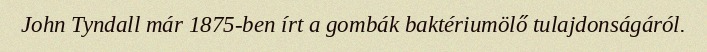
John Tyndall már 1875-ben írt a gombák baktériumölő tulajdonságáról.